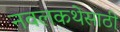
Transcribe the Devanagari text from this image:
नवलकथेसाठी